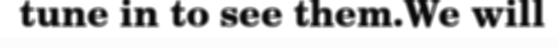
tune in to see them.We will